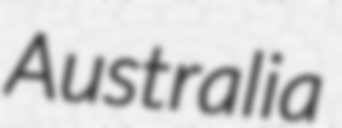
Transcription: Australia